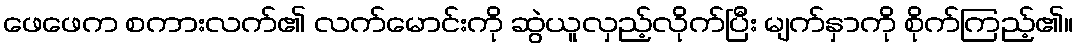
ဖေဖေက စကားလက်၏ လက်မောင်းကို ဆွဲယူလှည့်လိုက်ပြီး မျက်နှာကို စိုက်ကြည့်၏။